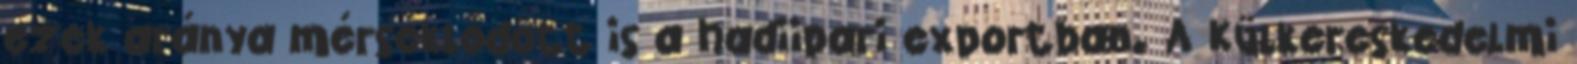
ezek aránya mérséklődött is a hadiipari exportban. A Külkereskedelmi